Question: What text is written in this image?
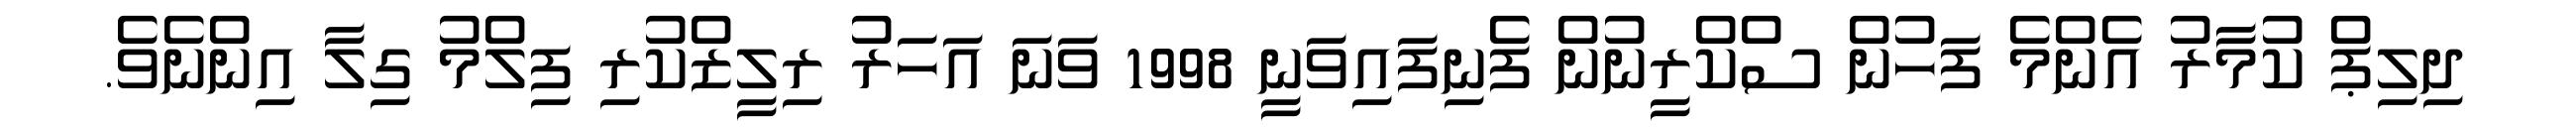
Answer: ދިލިޕް ކުމާރު އެންމެ ފަހުން ސްކްރީނުން ފެނިފައިވަނީ 1998 ވަނަ އަހަރު ރިލީޒްކުރި ފިލްމު ގިލާ އިންނެވެ.